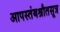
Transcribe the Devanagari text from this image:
आपस्तंबश्रौतसूत्र